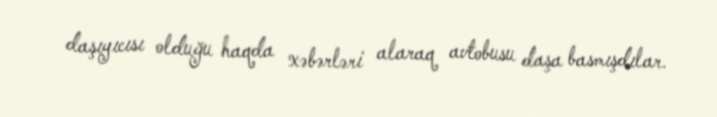
daşıyıcısı olduğu haqda xəbərləri alaraq avtobusu daşa basmışdılar.